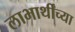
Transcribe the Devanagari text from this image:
लाभार्थींच्या